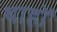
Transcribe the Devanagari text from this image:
थाहों